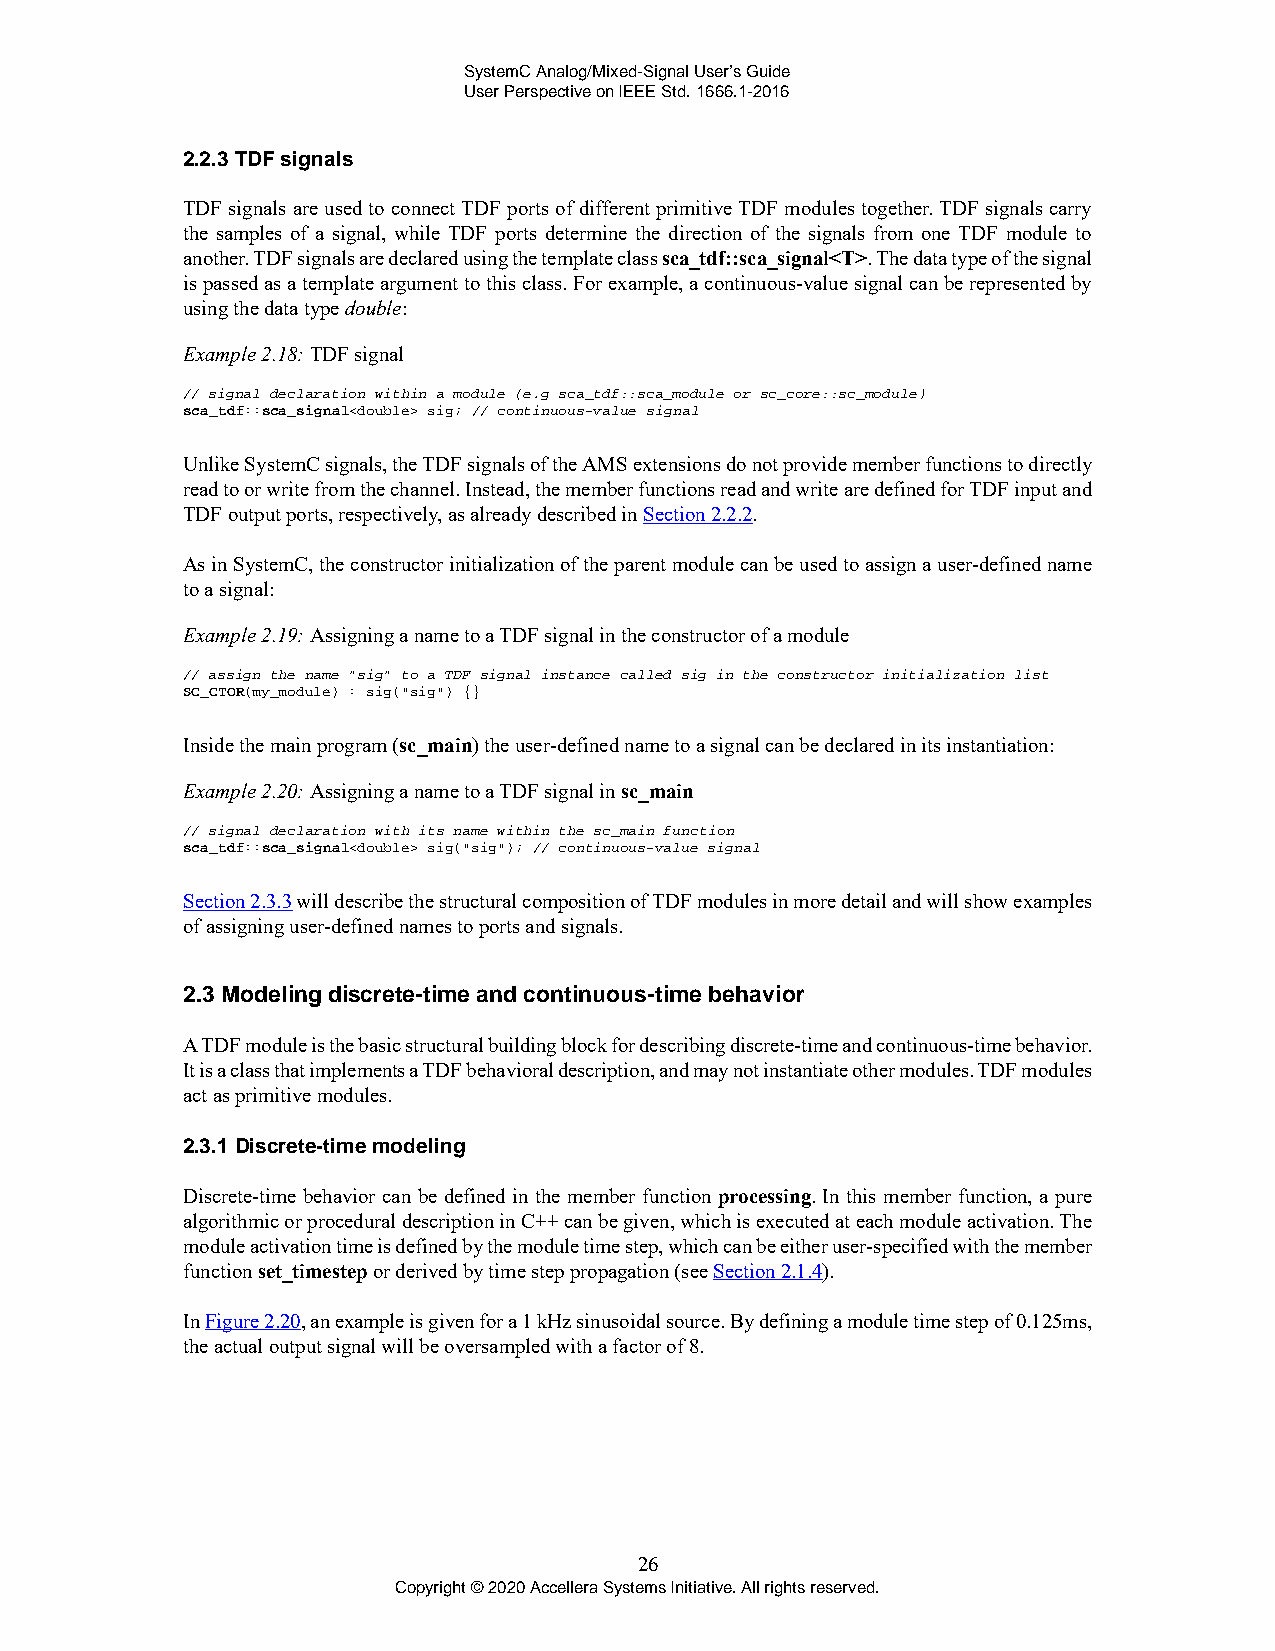
SystemC Analog/Mixed-Signal User’s Guide
 User Perspective on IEEE Std. 1666.1-2016
 2.2.3 TDF signals
 TDF signals are used to connect TDF ports of different primitive TDF modules together. TDF signals carry
 the samples of a signal, while TDF ports determine the direction of the signals from one TDF module to
 another. TDF signals are declared using the template class sca_tdf::sca_signal<T>. The data type of the signal
 is passed as a template argument to this class. For example, a continuous-value signal can be represented by
 using the data type double:
 Example 2.18: TDF signal
 // signal declaration within a module (e.g sca_tdf::sca_module or sc_core::sc_module)
 sca_tdf::sca_signal<double> sig; // continuous-value signal
 Unlike SystemC signals, the TDF signals of the AMS extensions do not provide member functions to directly
 read to or write from the channel. Instead, the member functions read and write are defined for TDF input and
 TDF output ports, respectively, as already described in Section 2.2.2.
 As in SystemC, the constructor initialization of the parent module can be used to assign a user-defined name
 to a signal:
 Example 2.19: Assigning a name to a TDF signal in the constructor of a module
 // assign the name "sig" to a TDF signal instance called sig in the constructor initialization list
 SC_CTOR(my_module) : sig("sig") {}
 Inside the main program (sc_main) the user-defined name to a signal can be declared in its instantiation:
 Example 2.20: Assigning a name to a TDF signal in sc_main
 // signal declaration with its name within the sc_main function
 sca_tdf::sca_signal<double> sig("sig"); // continuous-value signal
 Section 2.3.3 will describe the structural composition of TDF modules in more detail and will show examples
 of assigning user-defined names to ports and signals.
 2.3 Modeling discrete-time and continuous-time behavior
 A TDF module is the basic structural building block for describing discrete-time and continuous-time behavior.
 It is a class that implements a TDF behavioral description, and may not instantiate other modules. TDF modules
 act as primitive modules.
 2.3.1 Discrete-time modeling
 Discrete-time behavior can be defined in the member function processing. In this member function, a pure
 algorithmic or procedural description in C++ can be given, which is executed at each module activation. The
 module activation time is defined by the module time step, which can be either user-specified with the member
 function set_timestep or derived by time step propagation (see Section 2.1.4).
 In Figure 2.20, an example is given for a 1 kHz sinusoidal source. By defining a module time step of 0.125ms,
 the actual output signal will be oversampled with a factor of 8.
 26
 Copyright © 2020 Accellera Systems Initiative. All rights reserved.